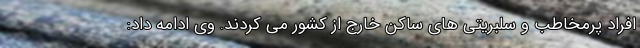
افراد پرمخاطب و سلبریتی های ساکن خارج از کشور می کردند. وی ادامه داد: